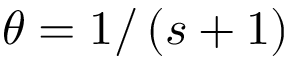
\theta = 1 / \left( s + 1 \right)